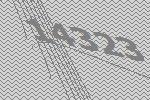
14323